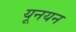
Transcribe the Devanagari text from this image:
यूनयन